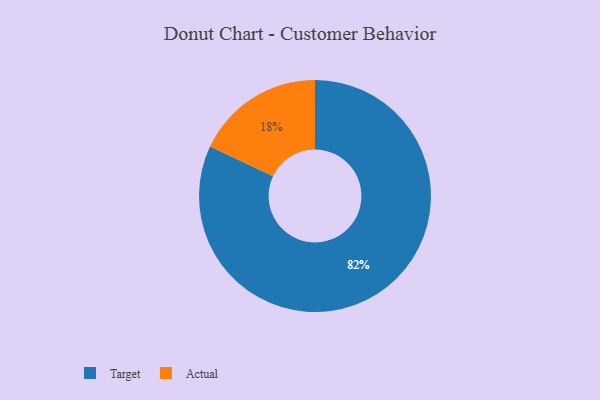
{"axis": {"x": "Category", "y": "Percentage"}, "legend": ["Actual", "Target"], "data": [{"x": "Actual", "y": 18, "type": "Actual"}, {"x": "Target", "y": 82, "type": "Target"}]}